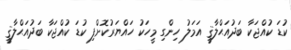
ކުޑަ ކުއްޖަކާ ބަދުއަޙްލާޤީ އަމަލު ހިންގި މީހަކު ހައްޔަރުކޮށްފި ކުޑަ ކުއްޖަކާ ބަދުއަޙްލާޤީ